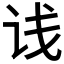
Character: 𬣡